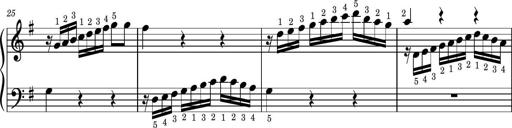
Title: Easy Progressive Lessons and 4 Sonatinas
Composer: Thomas Attwood